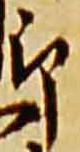
郎